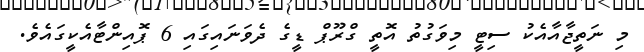
މި ނަތީޖާއާއެކު ސިޓީ މިވަގުތު އޮތީ ގްރޫޕް ޑީގެ ދެވަނައިގައި 6 ޕޮއިންޓާއެކީގައެވެ.